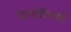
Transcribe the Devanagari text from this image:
पानापिल्लई